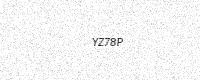
Text: YZ78P